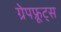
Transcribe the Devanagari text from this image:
ग्रेपफ्रूट्स